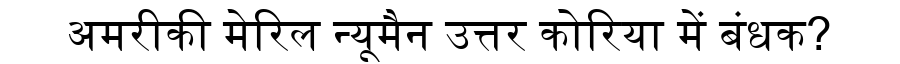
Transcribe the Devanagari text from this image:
अमरीकी मेरिल न्यूमैन उत्तर कोरिया में बंधक?